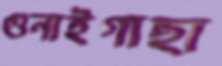
গুনাইগাছা